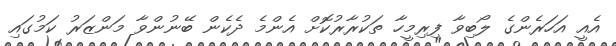
އެއީ އަހަރެންގެ ލޯބިވާ ފިރިމީހާ ތަކުރާރުކޮށް އެންމެ ދެކެން ބޭނުންވާ މަންޒަރު ކަމުގައި